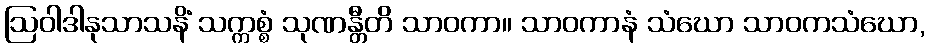
ဩဝါဒါနုသာသနိံ သက္ကစ္စံ သုဏန္တီတိ သာဝကာ။ သာဝကာနံ သံဃော သာဝကသံဃော,